255_413270_UFO's_and_Defense_What_Should_we_Prepare_For
Agency: NASA
Page 39
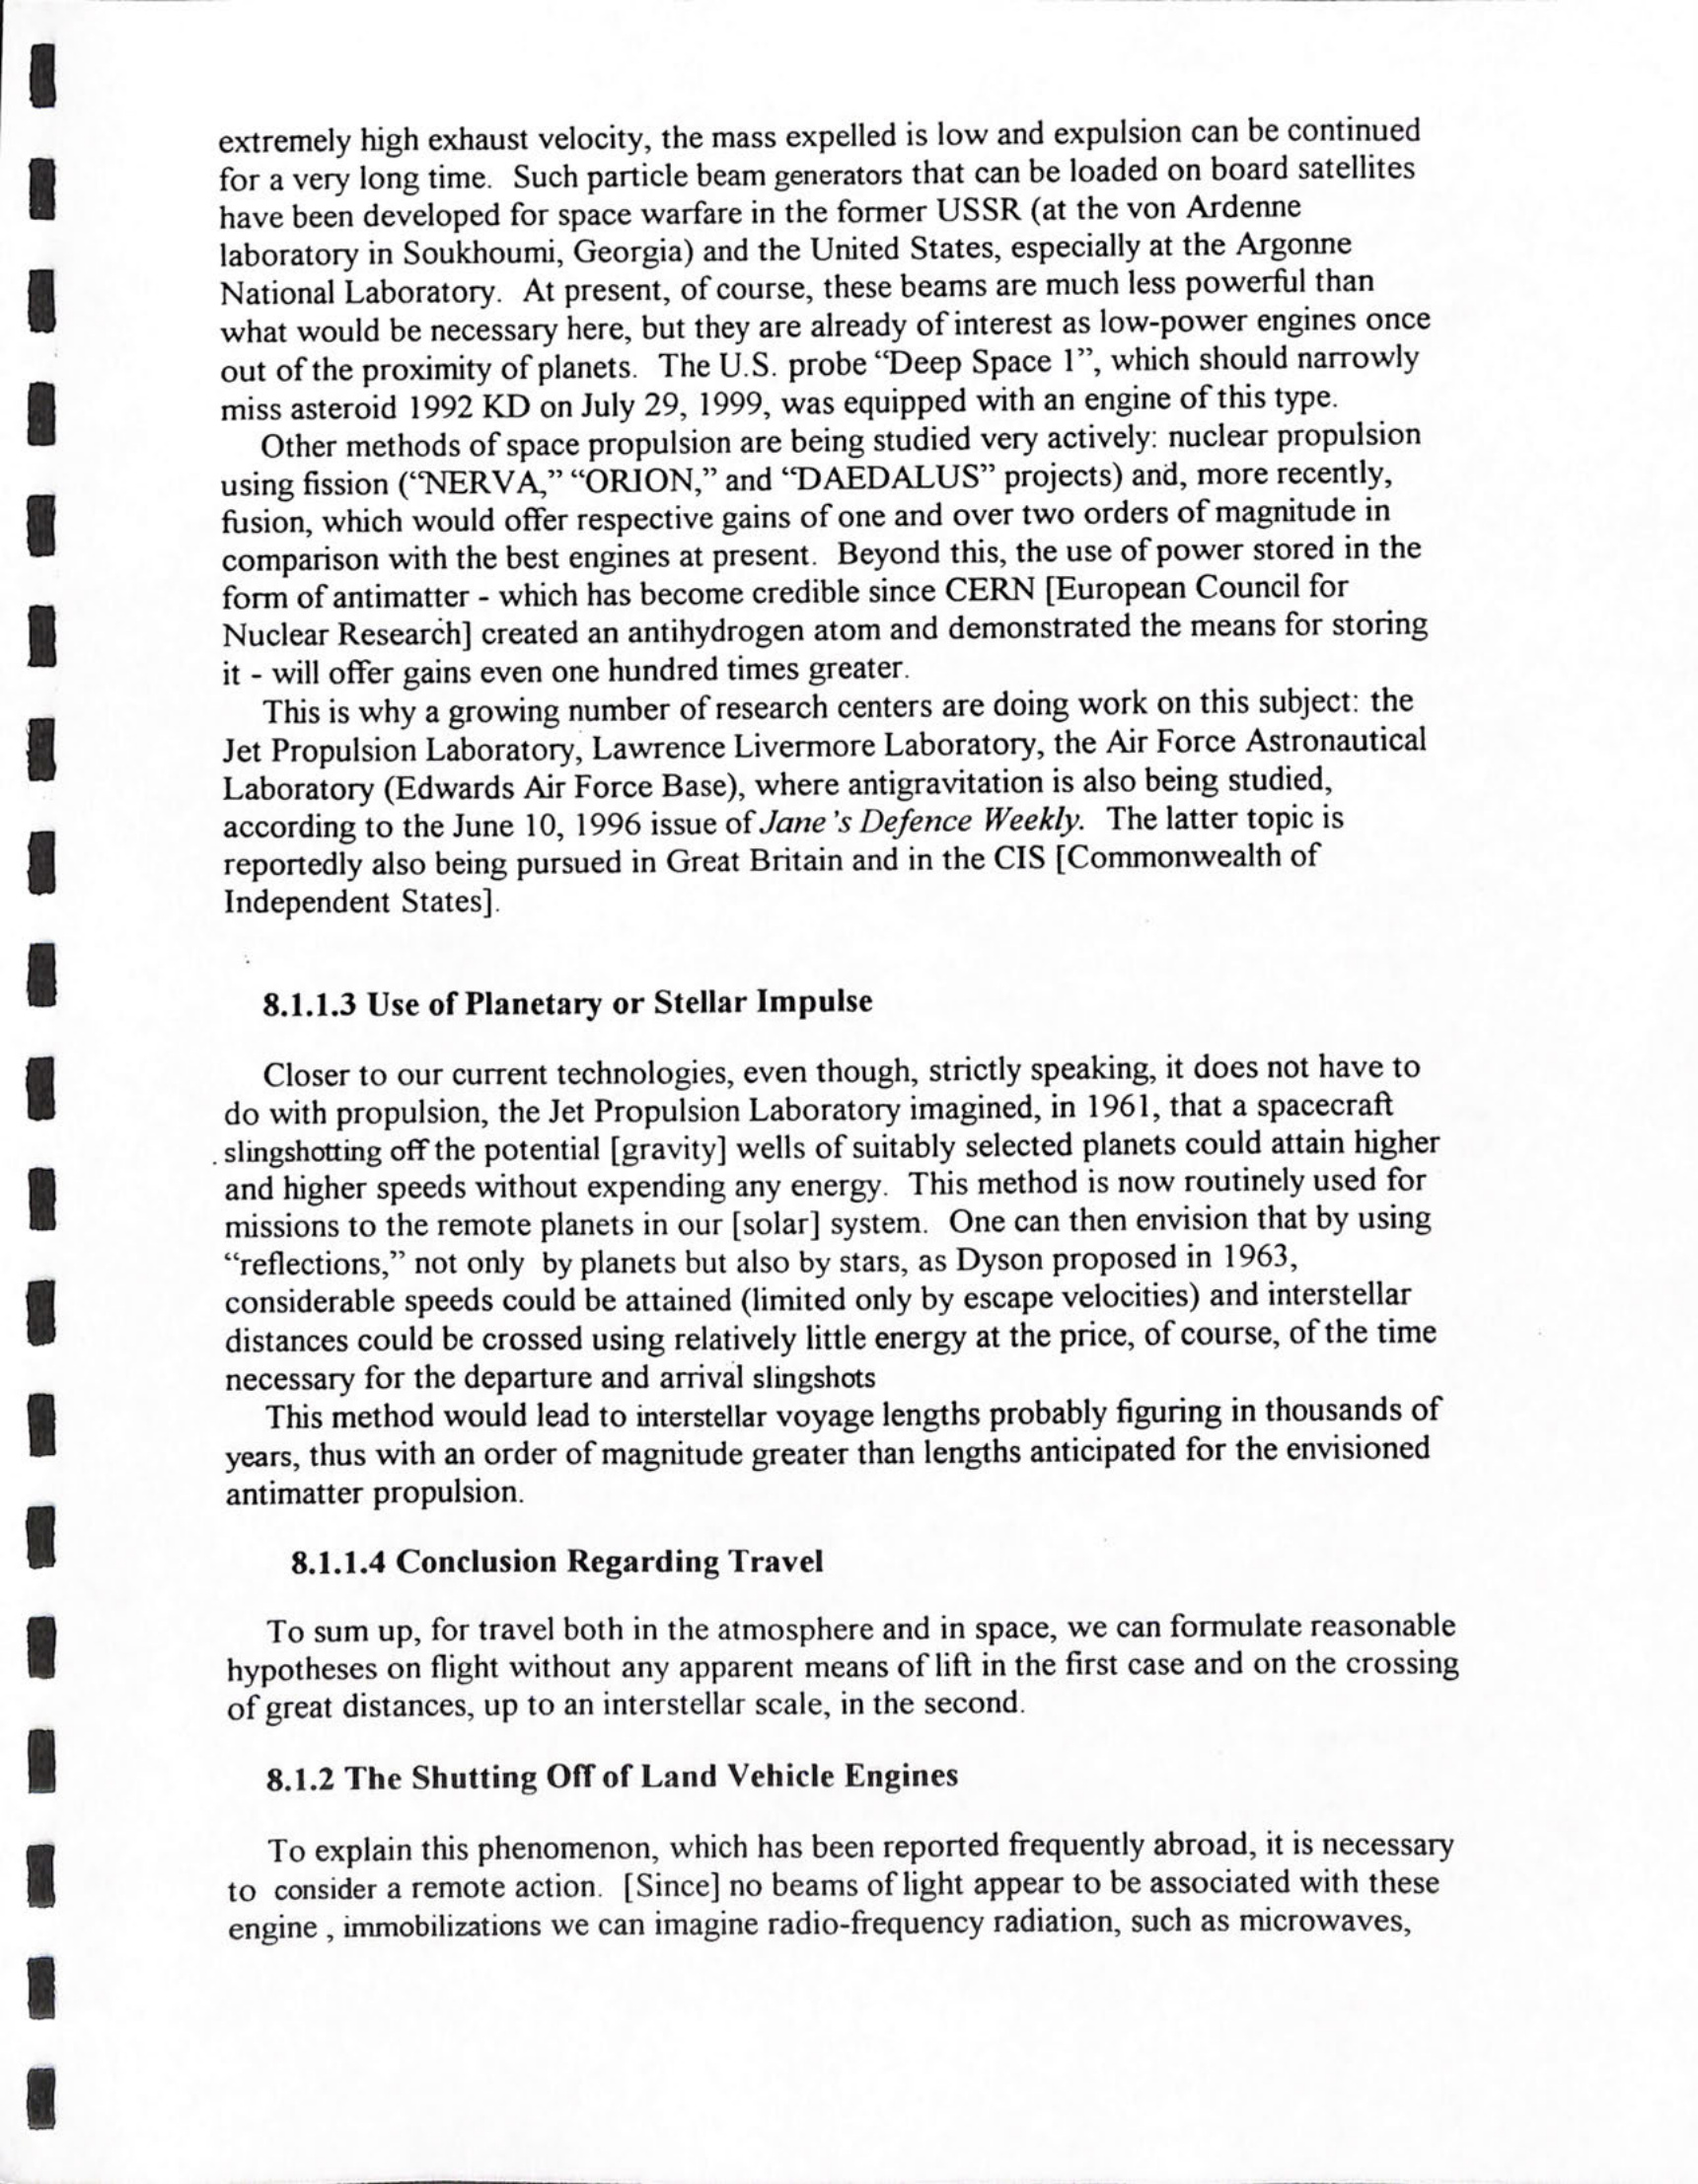